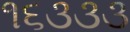
૧૬૩૩૩